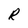
Character: R